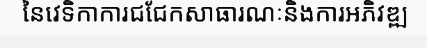
នៃវេទិកាការជជែកសាធារណៈនិងការអភិវឌ្ឍ